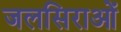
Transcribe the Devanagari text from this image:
जलसिराओं